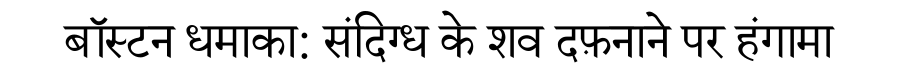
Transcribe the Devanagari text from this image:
बॉस्टन धमाका: संदिग्ध के शव दफ़नाने पर हंगामा